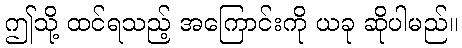
ဤသို့ ထင်ရသည့် အကြောင်းကို ယခု ဆိုပါမည်။